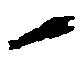
候